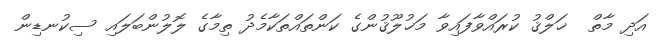
އަދި މާތް  ޚަލްޤު ކުރައްވާފައިވާ މަޚުލޫޤުންގެ ކަންތައްތަކާމެދު ތިމާގެ ލޮލުންބަލައި ސިކުނޑިން